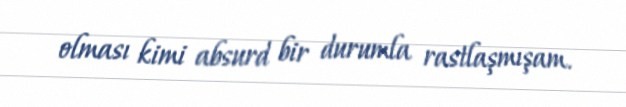
olması kimi absurd bir durumla rastlaşmışam.